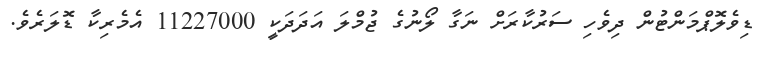
ޑިވެލޮޕްމަންޓުން ދިވެހި ސަރުކާރަށް ނަގާ ލޯނުގެ ޖުމްލަ އަދަދަކީ 11227000 އެމެރިކާ ޑޮލަރެވެ.